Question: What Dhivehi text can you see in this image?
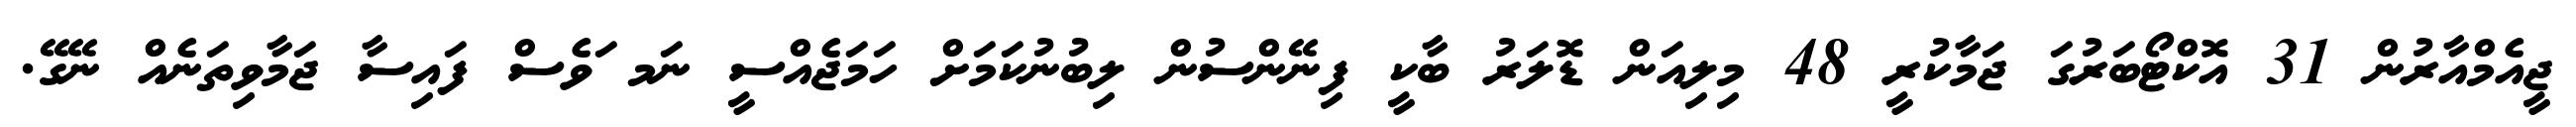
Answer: ޖީއެމްއާރުން 31 އޮކްޓޯބަރުގަ ޖަމާކުރީ 48 މިލިއަން ޑޮލަރު ބާކީ ފިނޭންސުން ލިބުނުކަމަށް ހަމަޖެއްސީ ނަމ ަވެސް ފައިސާ ޖަމާވިތަނެއް ނޭގޭ.